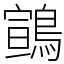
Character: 䳦